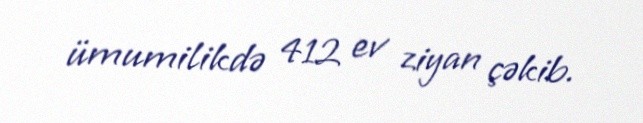
ümumilikdə 412 ev ziyan çəkib.